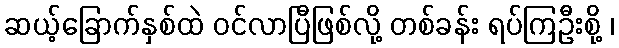
ဆယ့်ခြောက်နှစ်ထဲ ဝင်လာပြီဖြစ်လို့ တစ်ခန်း ရပ်ကြဦးစို့ ၊